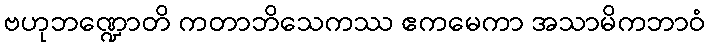
ဗဟုဘဏ္ဍောတိ ကတာဘိသေကဿ ဧကမေကာ အသာမိကဘာဝံ